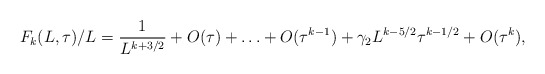
\begin{align*}F_k(L, \tau)/L = {1 \over L^{k+3/2}} + O(\tau) + \ldots + O(\tau^{k-1}) + \gamma_2 L^{k - 5/2} \tau^{k-1/2} + O(\tau^k), \end{align*}